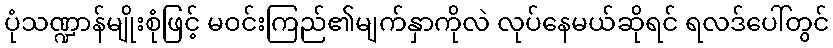
ပုံသဏ္ဍာန်မျိုးစုံဖြင့် မဝင်းကြည်၏မျက်နှာကိုလဲ လုပ်နေမယ်ဆိုရင် ရလဒ်ပေါ်တွင်